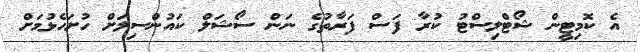
އެ ކޮމިޓީން ޝޯޓްލިސްޓު ކުރާ ފަސް ފަރާތުގެ ނަން ސޯޝަލް ކައުންސިލަށް ހުށަހެޅުމަށް